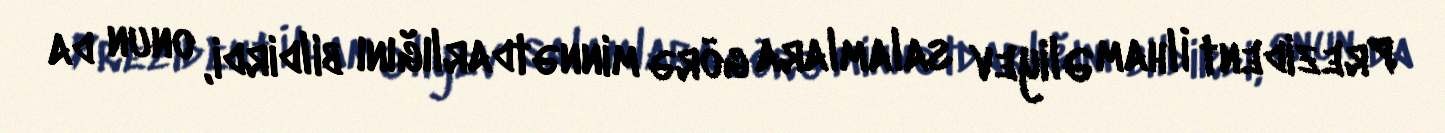
Prezident İlham Əliyev salamlara görə minnətdarlığını bildirdi, onun da